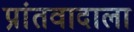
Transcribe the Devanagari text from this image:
प्रांतवादाला